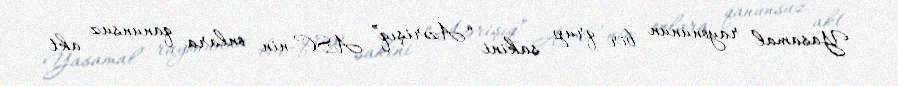
Yasamal rayonunun bir qrup sakini “Azərişıq” ASC-nin onlara qanunsuz akt